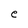
Character: e